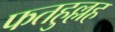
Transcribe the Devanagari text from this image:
फतहुल्लह